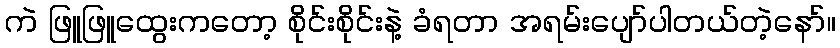
ကဲ ဖြူဖြူထွေးကတော့ စိုင်းစိုင်းနဲ့ ခံရတာ အရမ်းပျော်ပါတယ်တဲ့နော်။